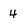
Character: 4